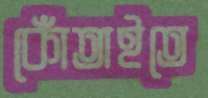
কোঁতাইতে